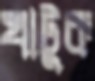
খাটুক